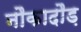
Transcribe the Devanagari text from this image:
नौकादौड़